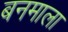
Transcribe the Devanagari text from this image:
बनमाला